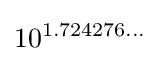
10^{1.724276\ldots }